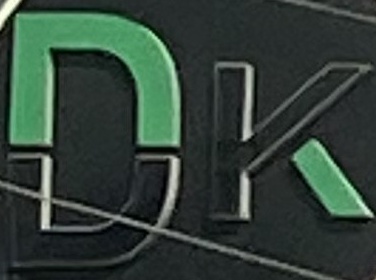
DK